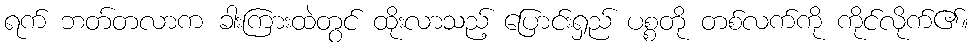
ရက် ဘတ်တလာက ခါးကြားထဲတွင် ထိုးလာသည့် ပြောင်းရှည် ပစ္စတို တစ်လက်ကို ကိုင်လိုက်၏။